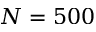
N = 5 0 0